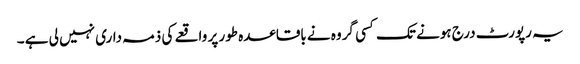
یہ رپورٹ درج ہونے تک کسی گروہ نے باقاعدہ طور پر واقعے کی ذمہ داری نہیں لی ہے ۔